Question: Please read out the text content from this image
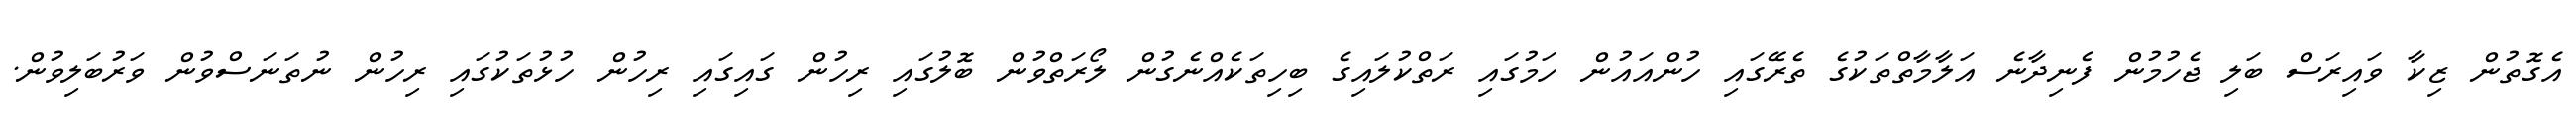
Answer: އެގޮތުން ޒިކާ ވައިރަސް ބަލި ޖެހުމުން ފެނިދާނެ އަލާމާތްތަކުގެ ތެރޭގައި ހުންއައުން ހަމުގައި ރަތްކުލައިގެ ބިހިތަކެއްނެގުން ލޯރަތްވުން ބޮލުގައި ރިހުން ގައިގައި ރިހުން ހުޅުތަކުގައި ރިހުން ނުތަނަސްވުން ވަރުބަލިވުން.